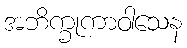
အဘိက္ခုကာဝါသေန